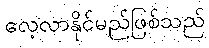
လေ့လာနိုင်မည်ဖြစ်သည်